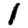
Digit: 1